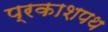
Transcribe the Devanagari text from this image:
प्रकाशपथ